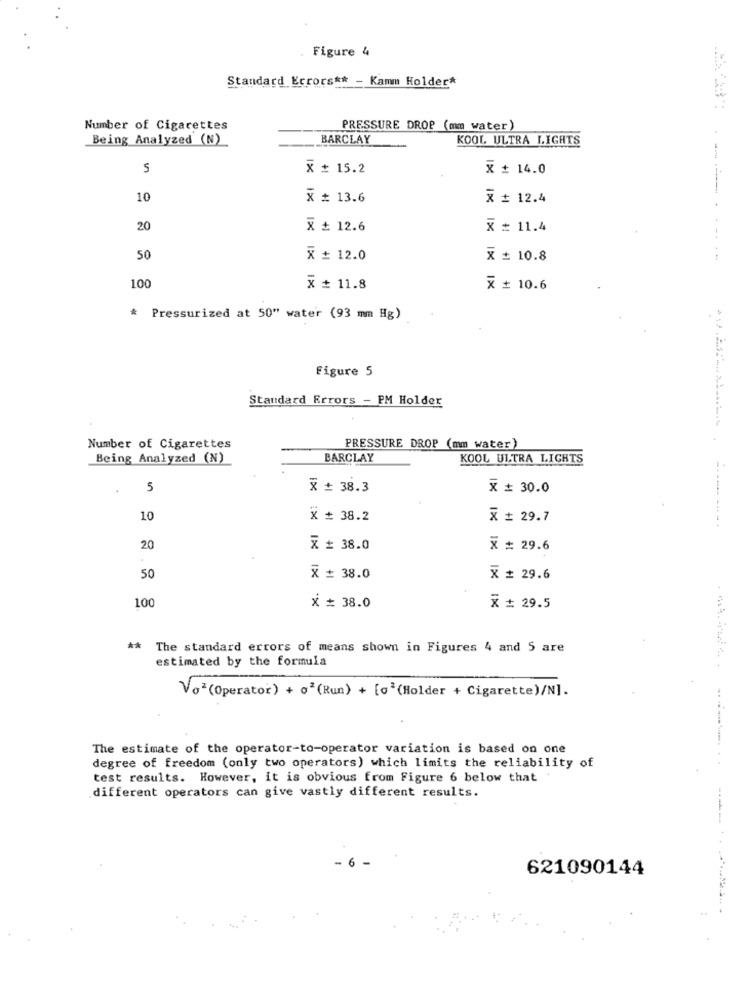
Figure 4
Standard Errors ** - Kamm Holder*
Number of Cigarettes
PRESSURE DROP (mm water)
Being Analyzed (N)
BARCLAY
KOOL ULTRA LIGHTS
5
x + 15.2
x + 14.0
10
X = 13.6
X # 12.4
20
X + 12.6
x = 11.4
50
X = 12.0
x = 10.8
100
x + 11.8
x + 10.6
* Pressurized at 50" water (93 mm Hg)
Figure 5
Standard Errors - PM Holder
Number of Cigarettes
PRESSURE DROP (mm water)
Being Analyzed (N)
BARCLAY
KOOL ULTRA LIGHTS
5
X + 38.3
x = 30.0
10
X + 38.2
X # 29.7
20
X = 38.0
x = 29.6
50
X = 38.0
X # 29.6
100
x = 38.0
X = 29.5
** The standard errors of means shown in Figures 4 and 5 are
estimated by the formula
Vo2 (Operator) + o2 (Run) + [02 (Holder + Cigarette)/N].
The estimate of the operator-to-operator variation is based on one
degree of freedom (only two operators) which limits the reliability of
test results. However, it is obvious from Figure 6 below that
different operators can give vastly different results.
----
621090144
...